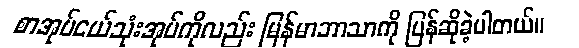
စာအုပ်ငယ်သုံးအုပ်ကိုလည်း မြန်မာဘာသာကို ပြန်ဆိုခဲ့ပါတယ်။